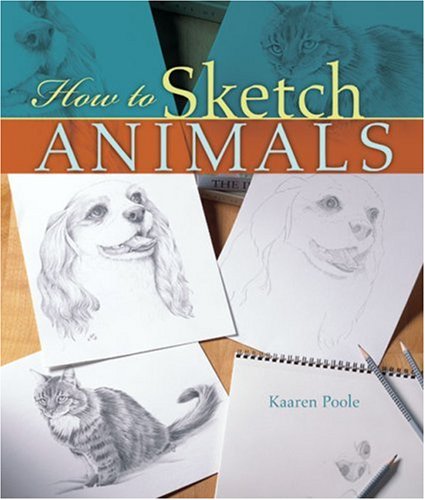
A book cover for How to Sketch Animals; Kaaren Poole; Arts & Photography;